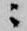
ニ